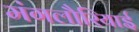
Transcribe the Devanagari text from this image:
मंगलौरियाई